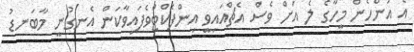
އެ އަންހެން މީހާގެ ލެ އަށް ވެސް އެޗްއައިވީ އިންފެކްޓްވެފައިވާކަން އެނގުނީ މާބަނޑު